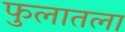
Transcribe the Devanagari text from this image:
फुलातला